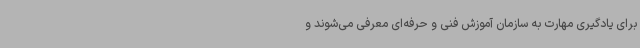
برای یادگیری مهارت به سازمان آموزش فنی و حرفه‌ای معرفی می‌شوند و